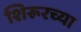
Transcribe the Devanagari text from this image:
शिरूरच्या